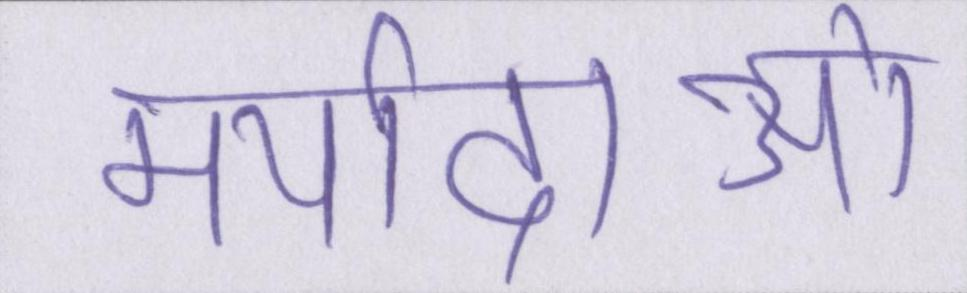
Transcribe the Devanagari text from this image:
मर्यादाओं